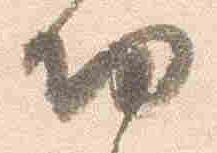
功